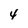
Character: 4